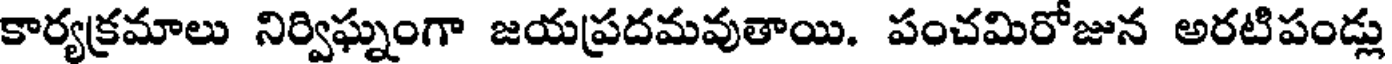
కార్యక్రమాలు నిర్విఘ్నంగా జయప్రదమవుతాయి. పంచమిరోజున అరటిపండ్లు